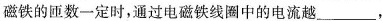
磁铁的匝数一定时，通过电磁铁线圈中的电流越_____，